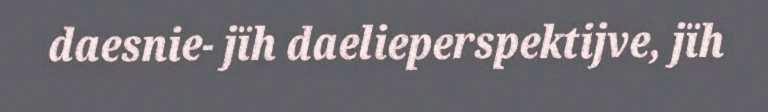
daesnie- jïh daelieperspektijve, jïh